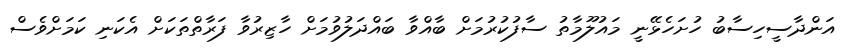
އަންދާސީހިސާބު ހުށަހެޅޭނީ މައުލޫމާތު ސާފުކުރުމަށް ބާއްވާ ބައްދަލުވުމަށް ހާޒިރުވާ ފަރާތްތަކަށް އެކަނި ކަމަށްވެސް